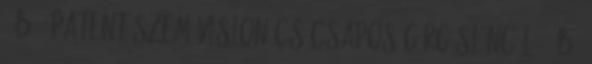
12B 1 Patent szem Vision Csőcsapos görgőslánc L 212B1